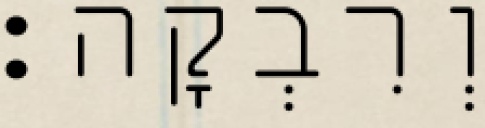
וְרִבְקָה׃